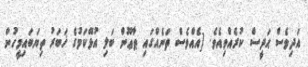
އަދިވެސް ޙަދީސް ކުރެއްވިއެވެ. [އެއްވެސް ތަނެއްގައި ޠާޢޫން ބަލި އުޅޭކަމުގެ ޚަބަރު ތިޔަބައިމީހުން